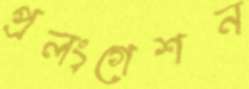
প্রলংগেশন